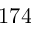
1 7 4